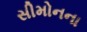
સીમોનના